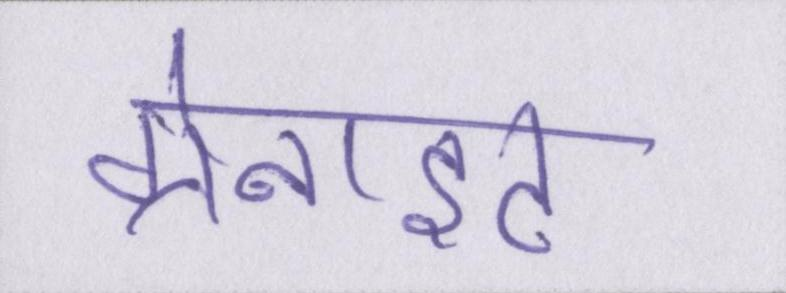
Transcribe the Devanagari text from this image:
ग्रेनाइट